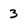
Character: 3